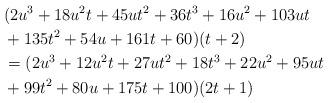
LaTeX: \begin{align*}& (2u^3+18u^2t+45ut^2+36t^3+16u^2+103ut \\& +135t^2+54u+161t+60)(t+2) \\& =(2u^3+12u^2t+27ut^2+18t^3+22u^2+95ut \\& +99t^2+80u+175t+100)(2t+1)\end{align*}